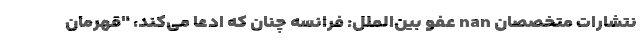
نتشارات متخصصان nan عفو بین‌الملل: فرانسه چنان که ادعا می‌کند، "قهرمان